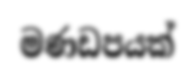
මණඩපයක්